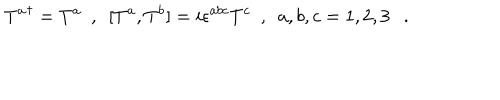
{ T ^ { a } } ^ { \dagger } = T ^ { a } \ \ , \ \ [ T ^ { a } , T ^ { b } ] = i \epsilon ^ { a b c } T ^ { c } \ \ , \ \ a , b , c = 1 , 2 , 3 \ \ \ .